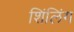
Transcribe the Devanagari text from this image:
शिंलिंग